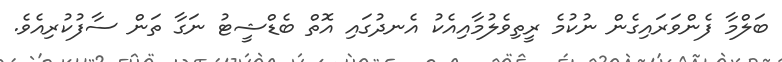
ބަލްމާ ފެންވަރައިގެން ނުކުމެ ރީތިވެލުމާއިއެކު އެނދުގައި އޮތް ބެޑްޝީޓު ނަގާ ތަން ސާފުކުރިއެވެ.